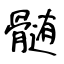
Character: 髄